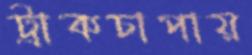
ট্রাকচাপায়